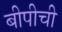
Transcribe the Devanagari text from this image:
बीपीची